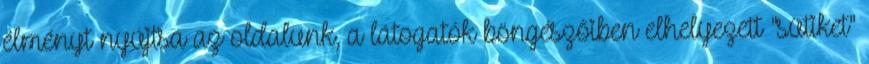
élményt nyújtsa az oldalunk, a látogatók böngészőiben elhelyezett "sütiket"